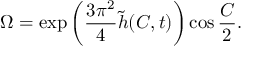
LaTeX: \Omega = \exp \left( \frac { 3 \pi ^ { 2 } } { 4 } \tilde { h } ( C , t ) \right) \cos \frac { C } { 2 } .